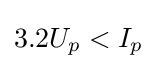
3.2U_{p}<I_{p}